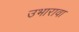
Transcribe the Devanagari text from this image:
उभारावा